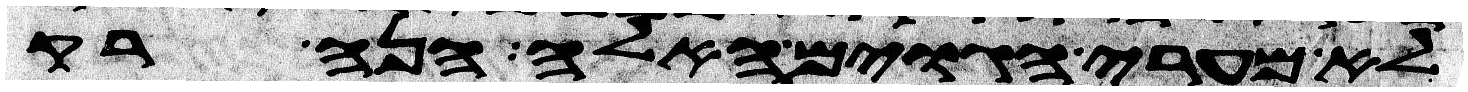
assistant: לא מערי הגוים האלה הנה רק